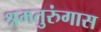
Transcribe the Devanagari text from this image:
श्रमतुरुंगास